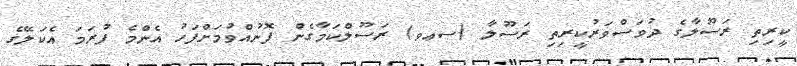
ކީރިތި ރަސޫލާގެ ދުވަސްވަރުކީރިތި ރަސޫލާ (ސޢވ) ރަސޫލްކަމާގެން ފޮނުއްވުމަށްފަހު އެންެމެ ފުރަަމަ އެކަލޭގެ